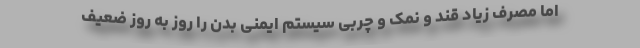
اما مصرف زیاد قند و نمک و چربی سیستم ایمنی بدن را روز به روز ضعیف